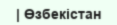
| Өзбекістан